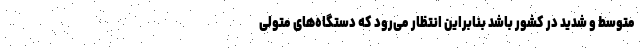
متوسط و شدید در کشور باشد بنابراین انتظار می‌رود که دستگاه‌های متولی